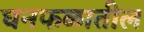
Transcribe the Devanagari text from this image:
घनफळातील